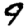
Digit: 9